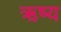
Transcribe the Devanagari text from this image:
ऋष्य